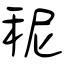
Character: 秜